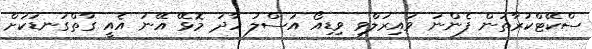
ސްކޭޓްކުރާތަން ފެންނަ ވައިރަލްވި ވިޑިއޯ އަސްލު ހާދަ މޮޅޭ އޭނަ އެއީ ގާތްގަނޑަކަށް